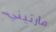
مارتيني